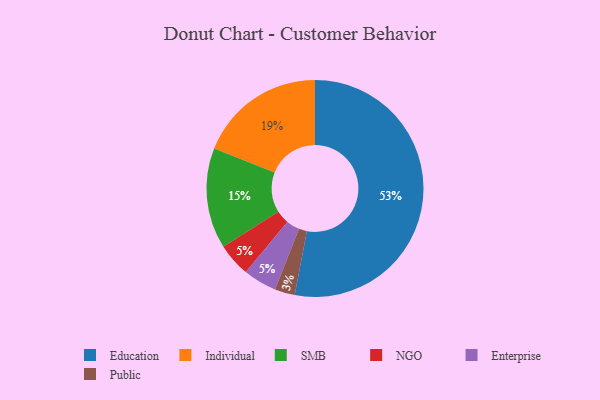
{"axis": {"x": "Category", "y": "Percentage"}, "legend": ["Education", "Enterprise", "Individual", "NGO", "Public", "SMB"], "data": [{"x": "Individual", "y": 19, "type": "Individual"}, {"x": "Public", "y": 3, "type": "Public"}, {"x": "Education", "y": 53, "type": "Education"}, {"x": "SMB", "y": 15, "type": "SMB"}, {"x": "NGO", "y": 5, "type": "NGO"}, {"x": "Enterprise", "y": 5, "type": "Enterprise"}]}